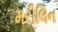
મરીલિન